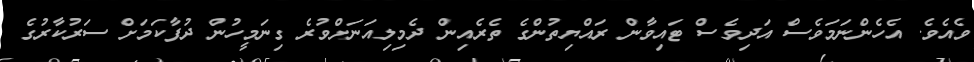
ވެއެވެ. އެހެންނަމަވެސް އަދިވެސް ޓައިވާން ރައްޔިތުންގެ ތެރެއިން ދެމިލިއަނަށްވުރެ ގިނަމީހުން ދުފާކަމަށް ސަރުކާރުގެ